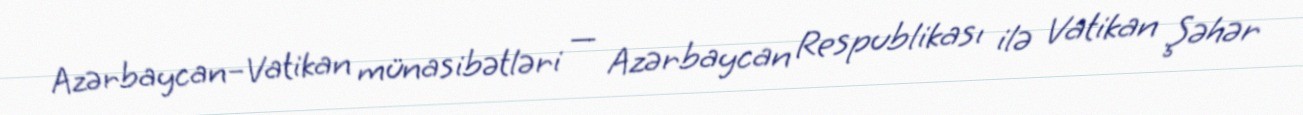
Azərbaycan–Vatikan münasibətləri — Azərbaycan Respublikası ilə Vatikan Şəhər